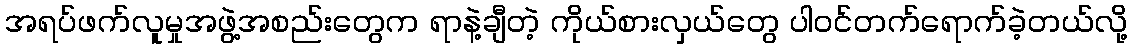
အရပ်ဖက်လူမှုအဖွဲ့အစည်းတွေက ရာနဲ့ချီတဲ့ ကိုယ်စားလှယ်တွေ ပါဝင်တက်ရောက်ခဲ့တယ်လို့